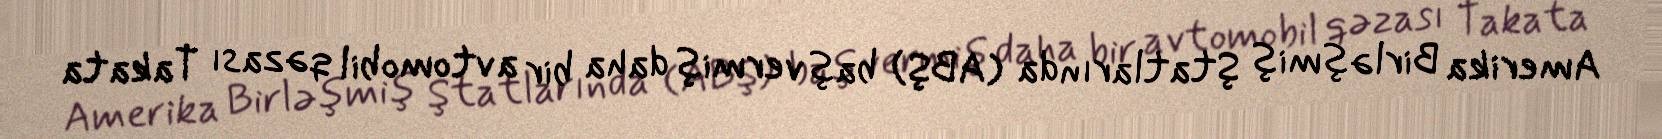
Amerika Birləşmiş Ştatlarında (ABŞ) baş vermiş daha bir avtomobil qəzası Takata